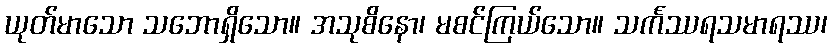
ယုတ်မာသော သဘောရှိသော။ အသုစိနော၊ မစင်ကြယ်သော။ သင်္ကဿရသမာရဿ၊